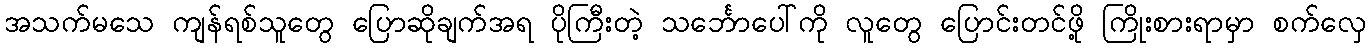
အသက်မသေ ကျန်ရစ်သူတွေ ပြောဆိုချက်အရ ပိုကြီးတဲ့ သင်္ဘောပေါ်ကို လူတွေ ပြောင်းတင်ဖို့ ကြိုးစားရာမှာ စက်လှေ